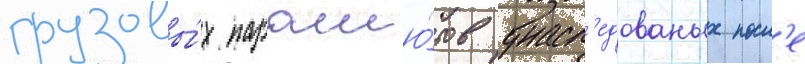
грузовы́х парашю́тов унасл'едованых посл'е